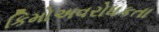
કિમોઅવરોધકતા